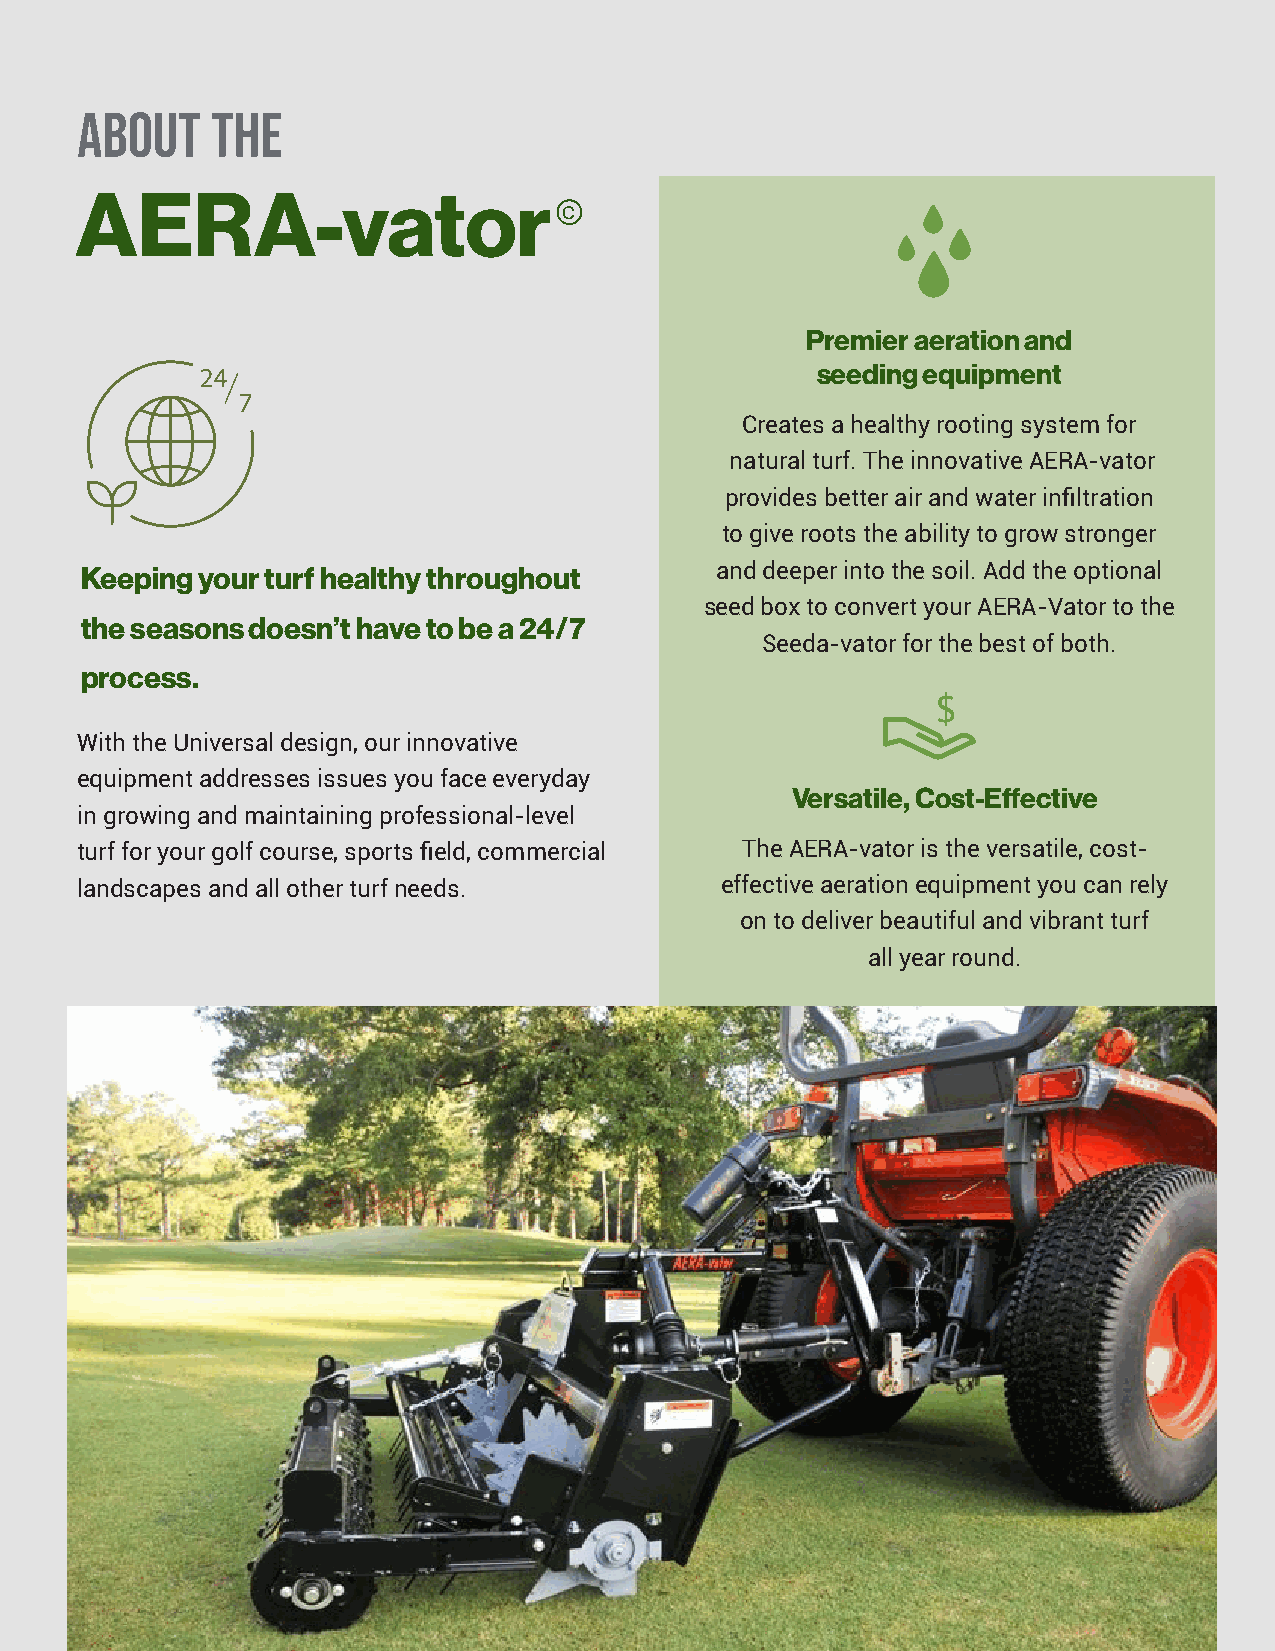
ABOUT    THE
 AERA-vator
 c
 Premier aeration and
 seeding equipment
 Creates a healthy rooting system for
 natural turf. The innovative AERA-vator
 provides better air and water infiltration
 to give roots the ability to grow stronger
 Keeping your turf healthy throughout      and deeper into the soil. Add the optional
 seed box to convert your AERA-Vator to the
 the seasons doesn’t have to be a 24/7
 Seeda-vator for the best of both.
 process.
 $
 With the Universal design, our innovative
 equipment addresses issues you face everyday
 Versatile, Cost-Effective
 in growing and maintaining professional-level
 turf for your golf course, sports field, commercial The AERA-vator is the versatile, cost-
 landscapes and all other turf needs.       effective aeration equipment you can rely
 on to deliver beautiful and vibrant turf
 all year round.